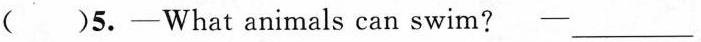
()5.-What animals can swim? - ___